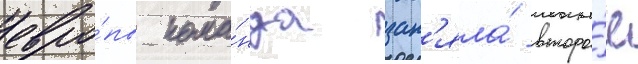
евро́пы кома́нда зан'яла́ второ́е